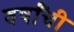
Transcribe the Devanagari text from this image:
वर्षांंची